Document type: Community of property
Year: 1312
Scribe: Pere Amorós
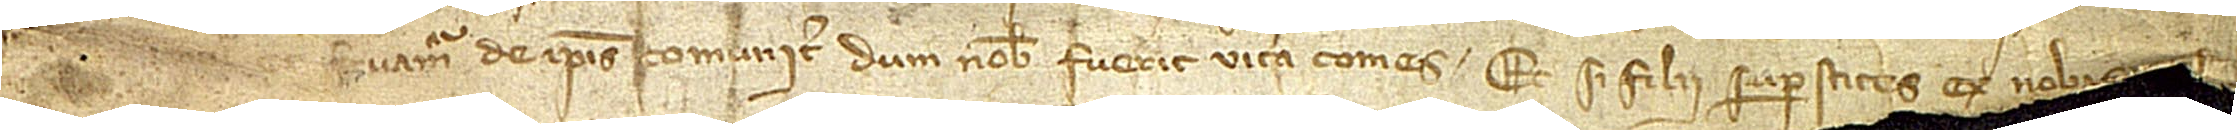
[...] servamur de ipsis comuniter, dum nobis fuerit vita comes. Et si filii superstites ex nobis [...]